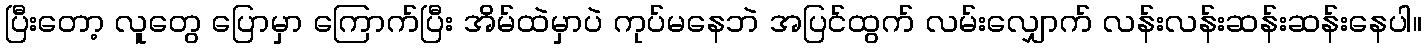
ပြီးတော့ လူတွေ ပြောမှာ ကြောက်ပြီး အိမ်ထဲမှာပဲ ကုပ်မနေဘဲ အပြင်ထွက် လမ်းလျှောက် လန်းလန်းဆန်းဆန်းနေပါ။